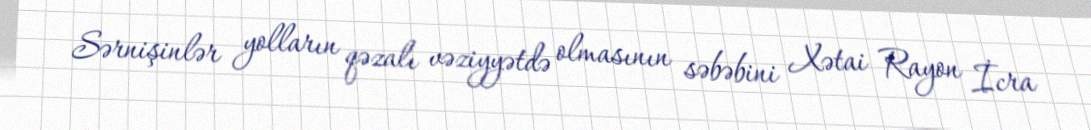
Sərnişinlər yolların qəzalı vəziyyətdə olmasının səbəbini Xətai Rayon İcra